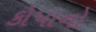
કોપાનો